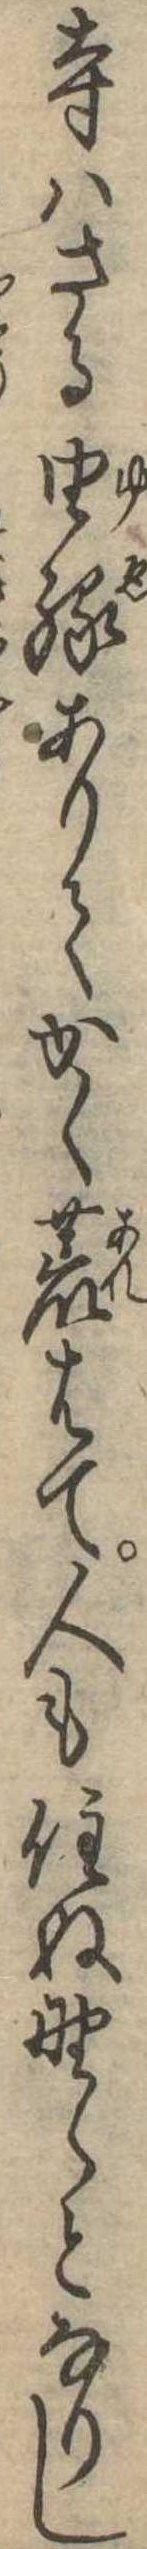
寺はさる由縁ありてかく荒はて人も住ぬ野らとなりし